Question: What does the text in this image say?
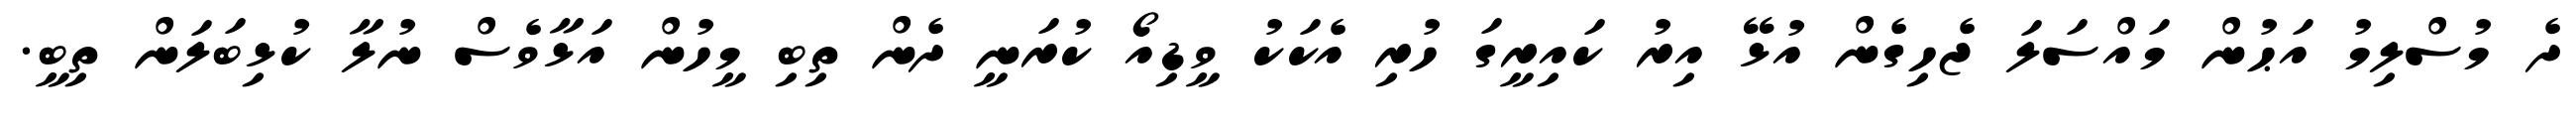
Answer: ދެ މުސްލިމު އަޙުން މައްސަލަ ޖެހިގެން އުޅޭ އިރު ކައިރީގަ ހުރި އެކަކު ވީޑިއޯ ކުރަނީ ދެން ތިބި މީހުން އަޅާވެސް ނުލާ ކުޅިބަލަން ތިބީ.